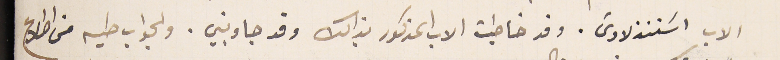
الاب اسَتنذلاوسَ. وقد خاطبت الاب المذكور بذالك وقد جاوبني. والجواب طيه من اطلاع